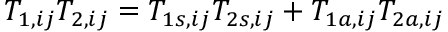
\begin{array} { r } { T _ { 1 , i j } T _ { 2 , i j } = T _ { 1 s , i j } T _ { 2 s , i j } + T _ { 1 a , i j } T _ { 2 a , i j } } \end{array}